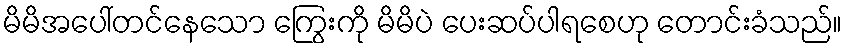
မိမိအပေါ်တင်နေသော ကြွေးကို မိမိပဲ ပေးဆပ်ပါရစေဟု တောင်းခံသည်။